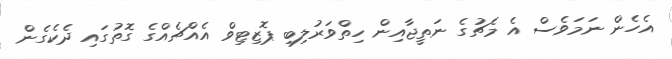
އެހެން ނަމަވެސް އެ މެޗުގެ ނަތީޖާއިން ހިތްވަރުލިބި ޕޮޒިޓިވް އެއްޗެއްގެ ގޮތުގައި ދެކެގެން